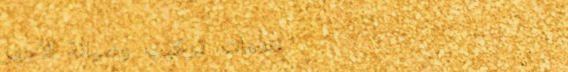
خدمات تركيب وصيانة الأجهز